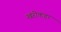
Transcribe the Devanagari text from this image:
खरोकडा